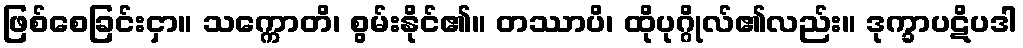
ဖြစ်စေခြင်းငှာ။ သက္ကောတိ၊ စွမ်းနိုင်၏။ တဿာပိ၊ ထိုပုဂ္ဂိုလ်၏လည်း။ ဒုက္ခာပဋိပဒါ